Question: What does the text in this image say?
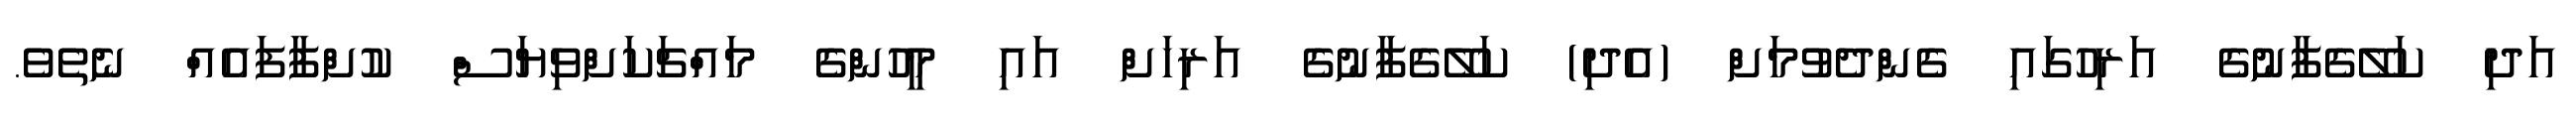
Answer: އަދި ކަލޭގެފާނުގެ އަރިހުގައި ގެންދެވުމަށް (އެދި) ކަލޭގެފާނުގެ އަރިހަށް އައި މީހުންގެ މައްޗަކަށްވިޔަސް ކުށްފާފައެއް ނެތެވެ.